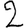
Digit: 2